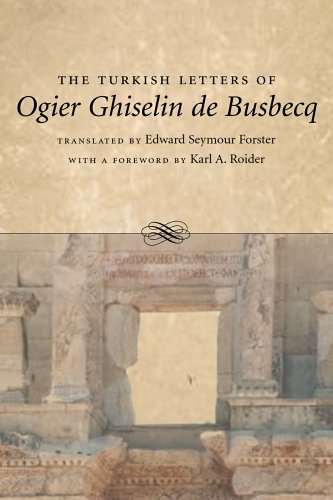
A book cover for The Turkish Letters of Ogier Ghiselin de Busbecq, Imperial Ambassador at Constantinople, 1554-1562: Translated from the Latin of the Elzevir Edition of 1663; History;